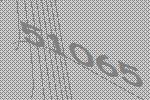
51065